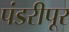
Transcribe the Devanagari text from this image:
पंडरीपूर